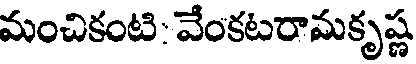
మంచికంటి: వేంకటరామకృష్ణ